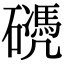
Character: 𥖬